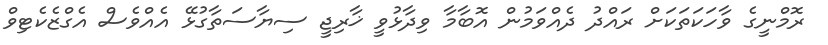
ރޮމްނީގެ ވާހަކަތަކަށް ރައްދު ދެއްވަމުން އޮބާމާ ވިދާޅުވީ ޚާރިޖީ ސިޔާސަތާގުޅޭ އެއްވެސް އެގްޒެކެޓިވް